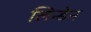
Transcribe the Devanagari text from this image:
लिन्डेन